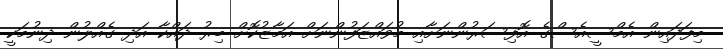
މިފަދައިން އެމްސީއެސްގެ އޮފިސަރުންނަށާއި މުވައްޒަފުންނަށް އަމާޒުކޮށް ބިރު ދައްކާ އަދި ގެއްލުން ދިނުމަކީ